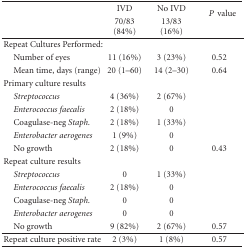
|  | IVD | No IVD | <ROWSPAN=2> Pvalue |
 |  | 70/83 (84%) | 13/83 (16%) |
 | --- | --- | --- | --- |
 | Repeat Cultures Performed: |  |  |  |
 | Number of eyes | 11 (16%) | 3 (23%) | 0.52 |
 | Mean time, days (range) | 20 (1–60) | 14 (2–30) | 0.64 |
 | Primary culture results |  |  |  |
 | Streptococcus | 4 (36%) | 2 (67%) |  |
 | Enterococcus faecalis | 2 (18%) | 0 |  |
 | Coagulase-neg Staph. | 2 (18%) | 1 (33%) |  |
 | Enterobacter aerogenes | 1 (9%) | 0 |  |
 | No growth | 2 (18%) | 0 | 0.43 |
 | Repeat culture results |  |  |  |
 | Streptococcus | 0 | 1 (33%) |  |
 | Enterococcus faecalis | 2 (18%) | 0 |  |
 | Coagulase-neg Staph. | 0 | 0 |  |
 | Enterobacter aerogenes | 0 | 0 |  |
 | No growth | 9 (82%) | 2 (67%) | 0.57 |
 | Repeat culture positive rate | 2 (3%) | 1 (8%) | 0.57 |